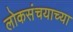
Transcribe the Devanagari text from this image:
लोकसंचयाच्या